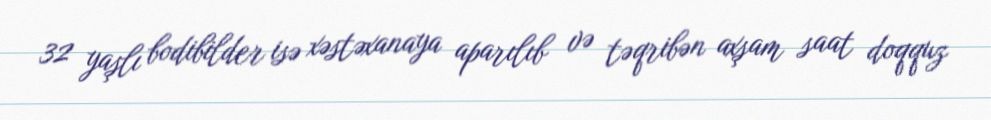
32 yaşlı bodibilder isə xəstəxanaya aparılıb və təqribən axşam saat doqquz